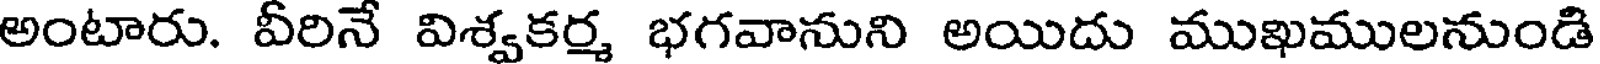
అంటారు. వీరినే విశ్వకర్మ భగవానుని అయిదు ముఖములనుండి